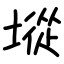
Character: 㙡